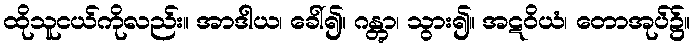
ထိုသူငယ်ကိုလည်း။ အာဒါယ၊ ခေါ်၍။ ဂန္တွာ၊ သွား၍။ အဋဝိယံ၊ တောအုပ်၌။